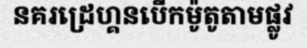
នគរដ្រេហ្គនបើកម៉ូតូតាមផ្លូវ